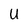
Character: U